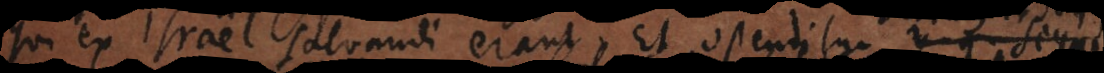
qui ex Israël salvandi erant. Et ostenditur versu